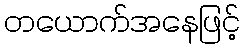
တယောက်အနေဖြင့်